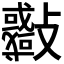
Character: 𣀨